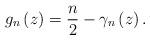
LaTeX: \begin{align*}g_{n}\left( z\right) =\frac{n}{2}-\gamma_{n}\left( z\right) . \end{align*}